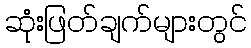
ဆုံးဖြတ်ချက်များတွင်